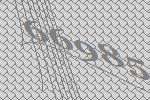
66985